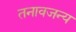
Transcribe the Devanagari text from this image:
तनावजन्य